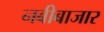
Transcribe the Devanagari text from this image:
नबीबाजार